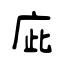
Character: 庛